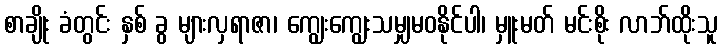
စာချိုး ခံတွင်း နှစ် ခွ များလှရာဇာ၊ ကျွေးကျွေးသမျှမဝနိုင်ပါ၊ မှူးမတ် မင်းစိုး လာဘ်ထိုးသူ